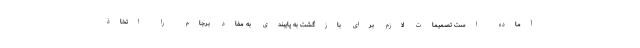
آماده است تصمیمات لازم برای بازگشت به پایبندی به مفاد برجام را اتخاذ